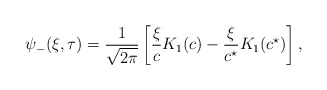
\begin{align*}\psi_{-}(\xi, \tau) = \frac{1}{\sqrt{2\pi}} \left[\frac{\xi}{c} K_{1}(c) - \frac{\xi}{c^{\star}} K_{1}(c^{\star})\right],\end{align*}